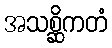
အသစ္ဆိကတံ